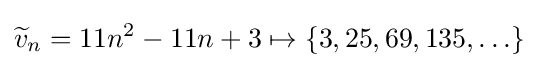
{\widetilde {v}}_{n}=11n^{2}-11n+3\mapsto \{3,25,69,135,\ldots \}